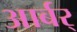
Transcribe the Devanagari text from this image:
आर्बर्